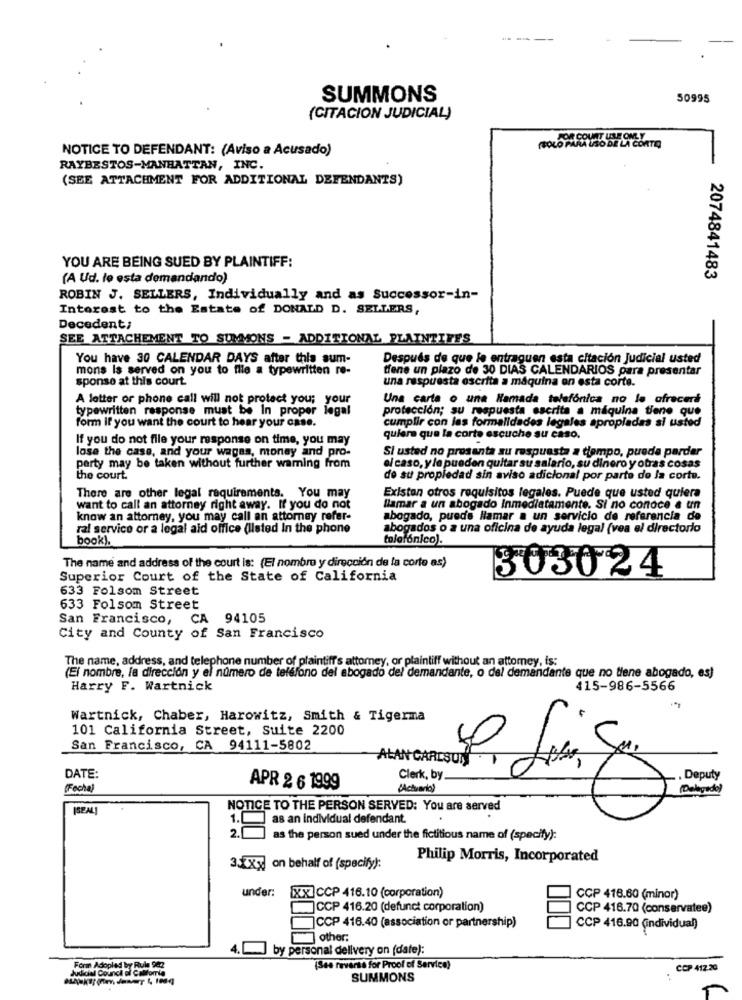
SUMMONS
50995
(CITACION JUDICIAL)
NOTICE TO DEFENDANT: (Aviso a Acusado)
(SOLO PARA USO DE LA CORTE
RAYBESTOS-MANHATTAN, INC.
(SEE ATTACHMENT FOR ADDITIONAL DEFENDANTS)
YOU ARE BEING SUED BY PLAINTIFF:
(A Ud. lo esta demandando)
2074841483
ROBIN J. SELLERS, Individually and as Successor-in-
Interest to the Estate of DONALD D. SELLERS,
Decedent;
SEE ATTACHEMENT TO SUMMONS - ADDITIONAL PLAINTIFFS
You have 30 CALENDAR DAYS after this sum-
Después de que le entraguen esta citación Judicial usted
mons Is served on you to file a typewritten re-
tiene un plazo de 30 DIAS CALENDARIOS para presentar
sponso at this court.
una respuesta escrita a máquina en esta corte.
A letter or phone call will not protect you; your
Una carta o una Hamada telefónica no le ofrecerá
typewritten response must be In proper legal
protección; su respuesta escrita a máquina tiene que
form if you want the court to hear your case.
cumplir con las formalidades legales apropiadas si usted
If you do not file your response on time, you may
quiere que la corte escuche su caso.
lose the case, and your wages, money and pro-
Si usted no prosanta su respuesta a tempo, pueda parder
party may be taken without further waming from
el caso, y le pueden quitar su salario, su dinero y otras cosas
the court.
de su propiedad sin aviso adicional por parte de la corte.
There are other legal requirements. You may
Existan otros requisitos legales. Puede que usted quiera
want to call an attorney right away. If you do not
llamar a un abogado Inmediatamente. Si no conoce a un
know an attorney, you may call an attorney refer-
abogado, puede llamar a un servicio de referencia de
ral service or a legal aid office (listed In the phone
abogados o a una oficina de ayuda legal (vea el directorio
book).
telefónico).
The name and address of the court is: (El nombre y dirección de la corte as)
Superior Court of the State of California
303024
633 Folsom Street
633 Folsom Street
San Francisco, CA 94105
City and County of San Francisco
The name, address, and telephone number of plaintiff's attorney, or plaintiff without an attorney, is:
(El nombre, la dirección y el número de teléfono del abogado del demandante, o del demandante que no tiene abogado, es)
Harry F. Wartnick
415-986-5566
Wartnick, Chaber, Harowitz, Smith & Tigerma
101 California Street, Suite 2200
San Francisco, CA 94111-5802
ALAN CARLSON
DATE:
Clerk, by
.Deputy
Fecha
APR 2 6 1999
(Actuarlo)
[SPALI
NOTICE TO THE PERSON SERVED: You are served
1.
as an Individual defendant.
as the person sued under the fictitious name of (specify):
Philip Morris, Incorporated
3.xx on behalf of (specify):
under:
[XX]CCP 416.10 (corporation)
CCP 418.60 (minor)
CCP 416.20 (defunct corporation)
CCP 416.70 (conservatee)
]CCP 416.40 (association or partnership)
CCP 416.90 (individual)
other:
888
4 .-
by personal delivery on (date):
Judicial Council of Califomia
Form Adopled by Rule 942
(See reverse for Proof of Service)
CCP 412.20
SUMMONS